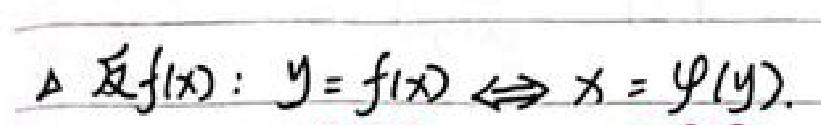
设 \(f(x):y = f(x)\Leftrightarrow x=\varphi(y)\)